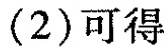
(2)可得